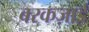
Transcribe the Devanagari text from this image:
बरकज़ाई